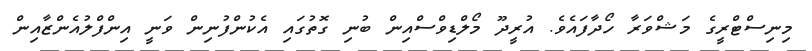
މިނިސްޓްރީގެ މަޝްވަރާ ހޯދާފައެވެ. އުރީދޫ މޯލްޑިވްސްއިން ބުނި ގޮތުގައި އެކުންފުނިން ވަނީ އިންފްލުއެންޒާއިން